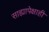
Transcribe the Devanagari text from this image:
साह्यापेक्षाही